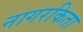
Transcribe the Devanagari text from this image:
नागरकिता